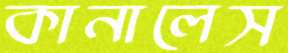
কানালেস